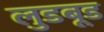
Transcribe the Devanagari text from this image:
लुडबूड